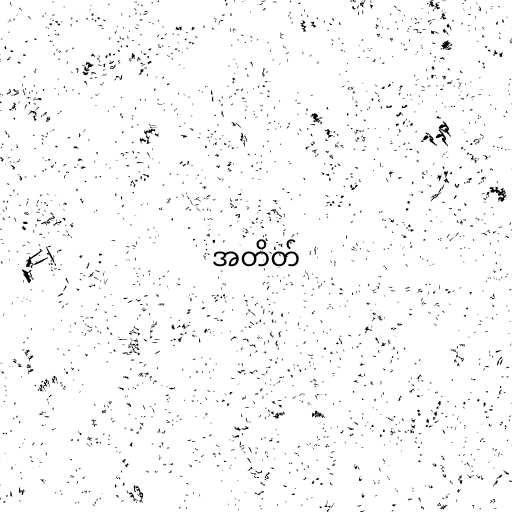
အတိတ်